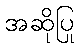
အဆိုပြု